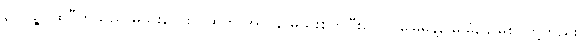
၃။ ပုဉ္ဇပထဝီဟူသည် မိုဃ်းလေးလထက် အလွန် မိုဃ်းစွတ်ပြီးသော မြေမှုန့်, မြူမှုံ, မြေစိုင်တို့တည်း။